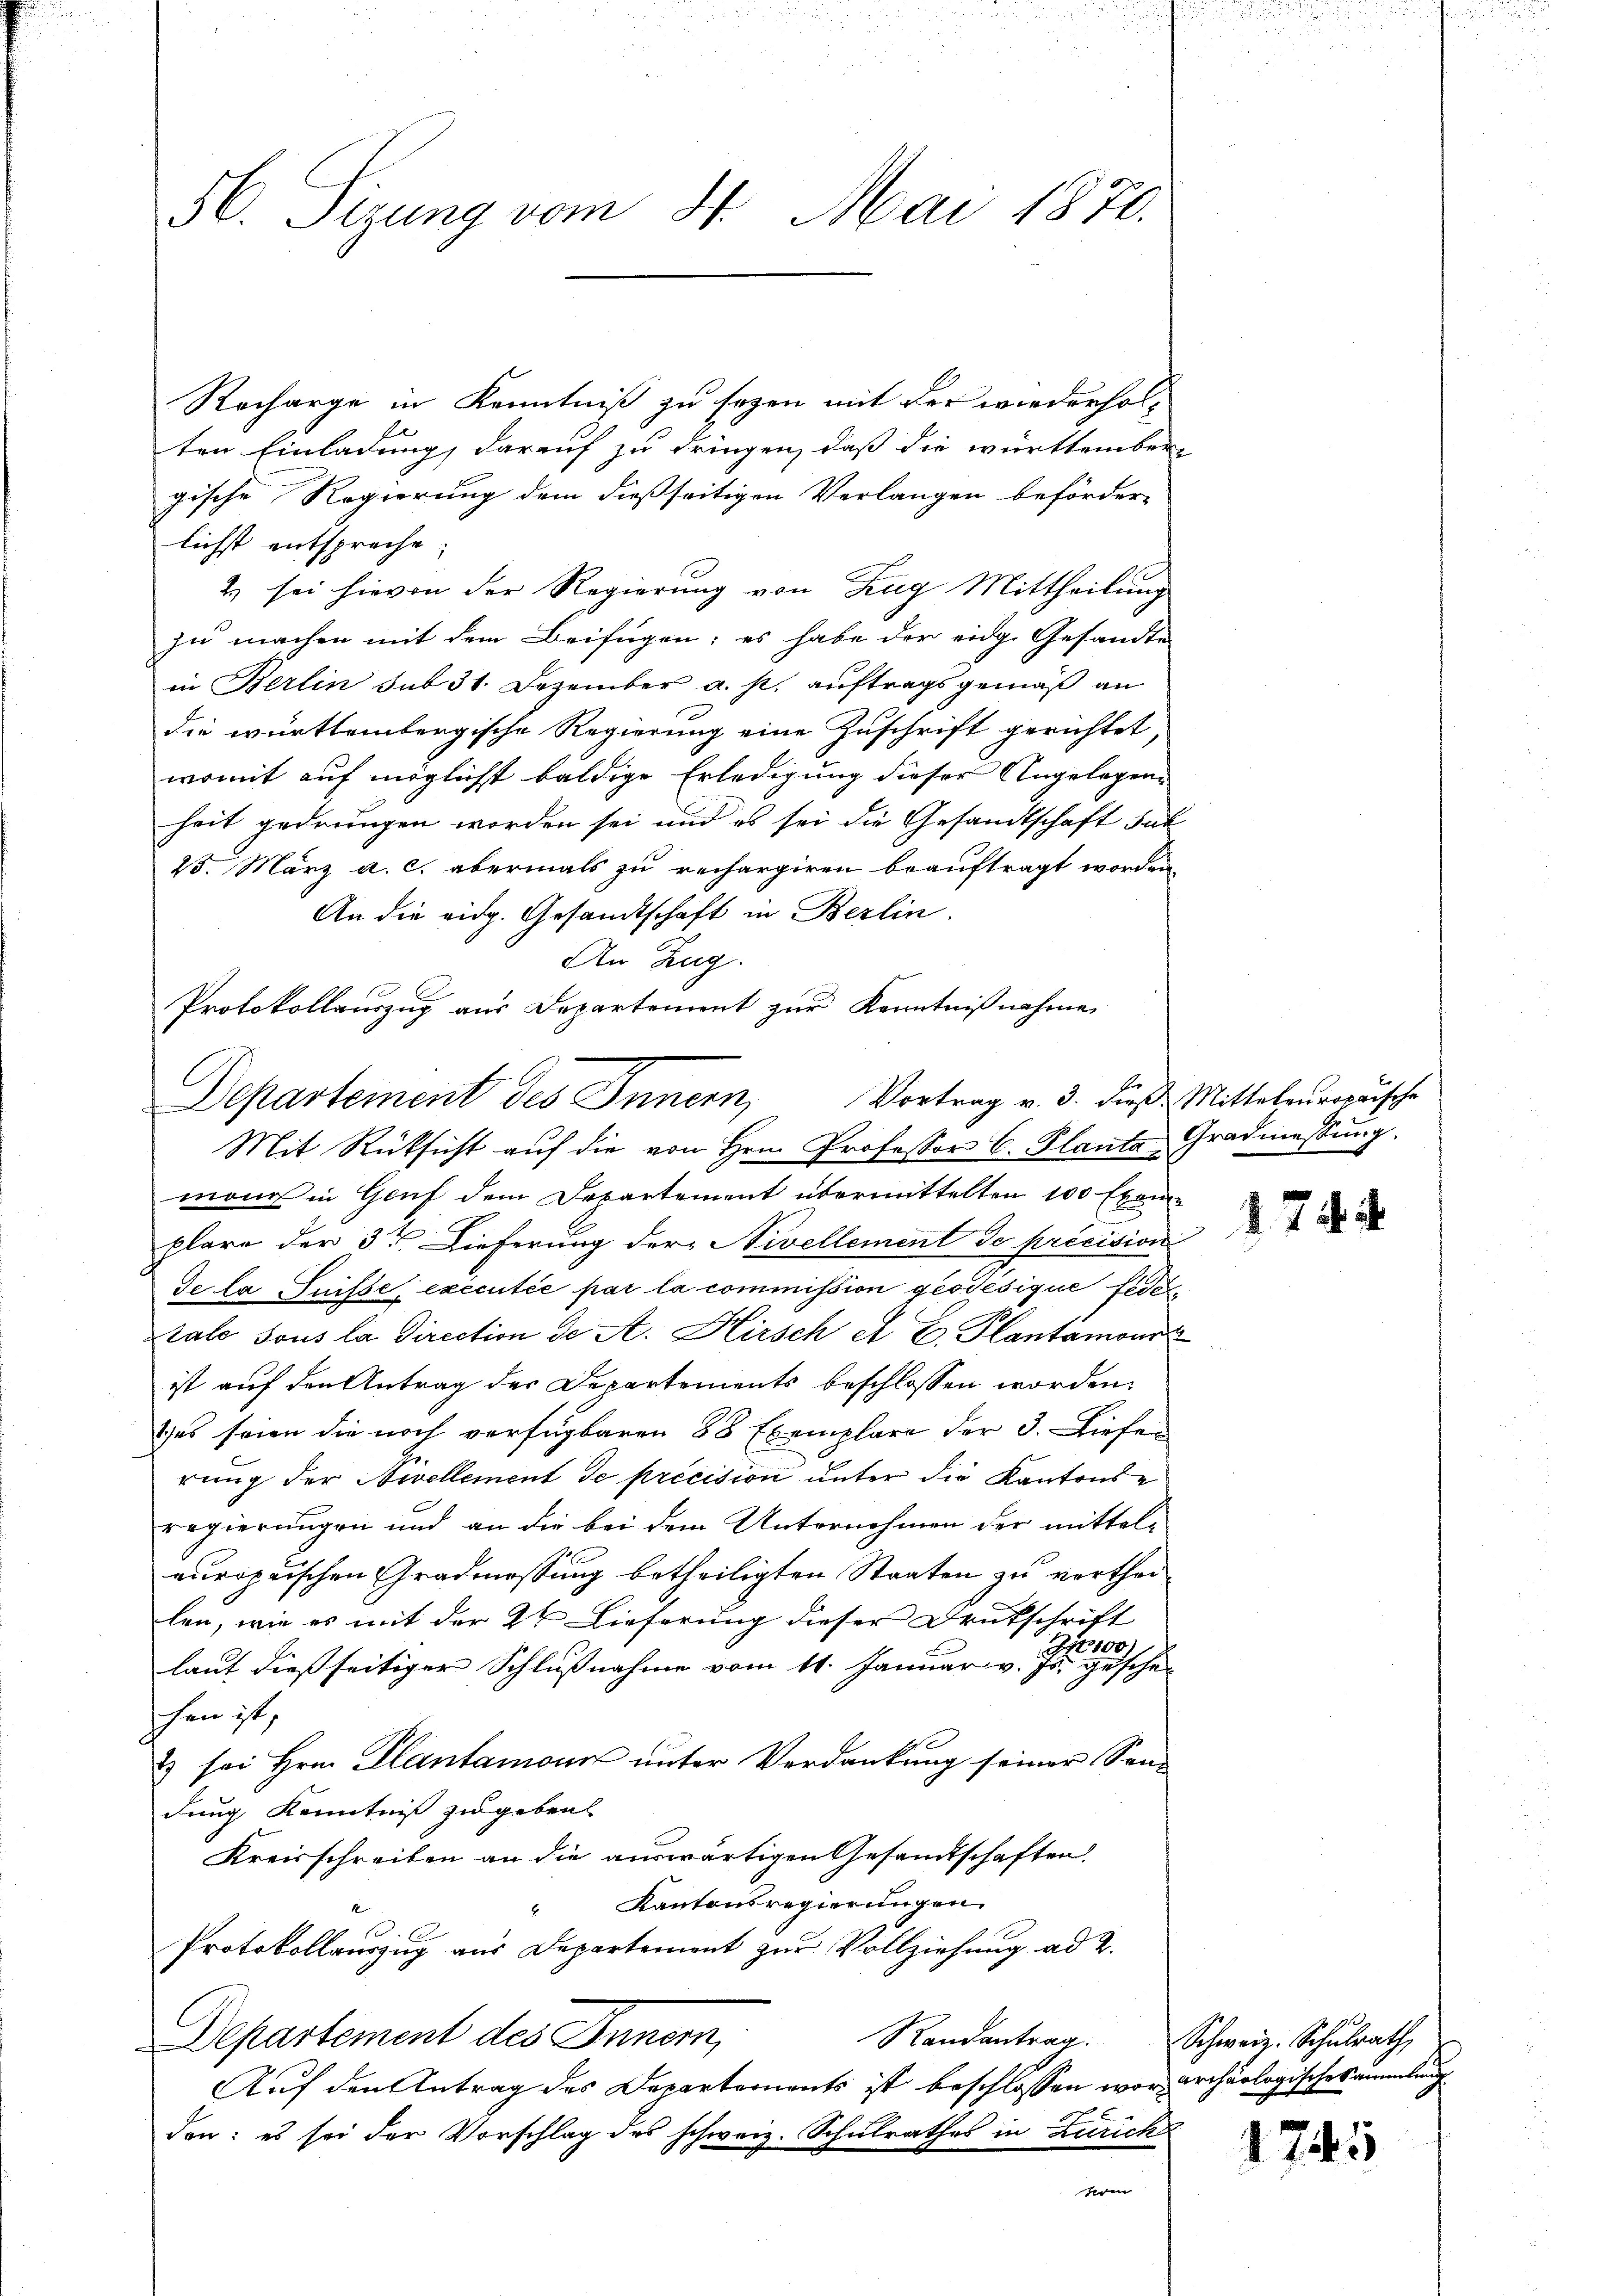
Departement des Innern, Vortrag v. 3. dieß Mittaleuropäische
Mit Rücksicht auf die von Hrn. Professor C. Planta, Gradmessung.

56. Sizung vom 31. Mai 1870.

Recharge in Kenntniß zu sezen mit der wiederhol¬
E
ten Einladung, darauf zu dringen, daß die württember-
gische Regierung dem dießseitigen Verlangen beförder-
lichst entspreche;
2) sei hievon der Regierung von Zug Mittheilung
zu machen mit dem Beifügen; es habe der eidg. Gesandte
in Berlin sub 31. Dezember a. p. auftragsgemäß an
die württembergische Regierung eine Zuschrift gerichtet,
womit auf möglicht baldige Erledigung dieser Angelegen
heit gedrungen worden sei und es sei die Gesandtschaft sub
25. März a. c. abermals zu rechargiren beauftragt worden.
An die eidg. Gesandtschaft in Berlin.
An Zug.
Protokollauszug aus Departement zur Kenntnißnahme

mond in Genf dem Departement übermittelten 100 Exemplare der 3te Dieferung der Nivellement de précision
Se la Suisse exécutée par la commission ges désique fide
Stale sous la Direction de A. Kirsch A. E. Plantamowi
ist auf den Antrag der Departements beschlossen worden.
tes seien die noch verfügbaren 88 Exemplare der 3. Liefer
rung der Nivellement de précision unter die Kantonsregierungen und an die bei dem Unternehmen der mittel-
europäischen Gradmossung betheiligten Staaten zu vortheilen, wie es mit der 2 Lieferung dieser Deutschrift
100)
laut dießseitiger Schlußnahme vom 11. Januar v. Js. geschehen ist,
) sei Hrn. Klantamonis unter Verdankung seiner Sendung Kenntniß zu geben
Kreisschreiben an die auswärtigen Gesandtschaften.
Kantonsregierungen
2
Protokollauszug aus Departement zur Vollziehung ad 2.
Randantrag. Schweiz. Schulrath,
Departement des Innern,
Auf den Antrag des Departements ist beschlossen war archäologischesammlung
den: es sei der Vorschlag des schweiz. Schulrathes in Zürich

74.

1745